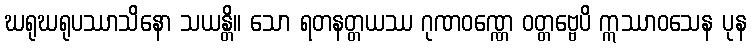
ဃရုဃရုပဿာသိနော သယန္တိ။ သော ရတနတ္တယဿ ဂုဏဝဏ္ဏေ ဝတ္တဗ္ဗေပိ ဣဿာဝသေန ပုန